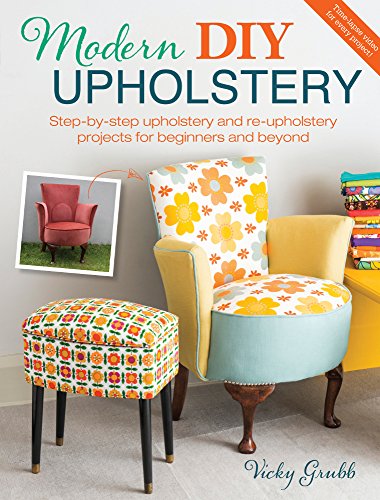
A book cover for Modern DIY Upholstery: Step-by-Step Upholstery and Reupholstery Projects for Beginners and Beyond; Vicky Grubb; Crafts, Hobbies & Home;